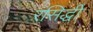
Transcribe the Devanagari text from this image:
रसिद्धी